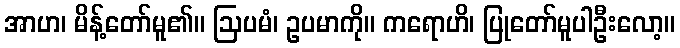
အာဟ၊ မိန့်တော်မူ၏။ ဩပမံ၊ ဥပမာကို။ ကရောဟိ၊ ပြုတော်မူပါဦးလော့။